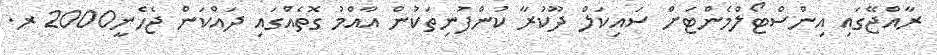
ރާއްޖޭގައި އިންސްޓޯލްމެންޓަށް ސައިކަލް ދޫކުރާ ކުންފުނިތަކުން އާއްމު ގޮތެއްގައި ދައްކަން ޖެހެނީ2000 ރ.